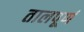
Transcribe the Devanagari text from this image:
तालपूर्ण